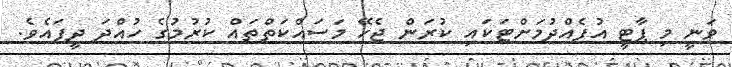
ވަނީ މި ޕާޓީ އުފެއްދުމަށްޓަކައި ކުރަން ޖެހޭ މަސައްކަތްތައް ކުރުމުގެ ހުއްދަ ދީފައެވެ.